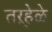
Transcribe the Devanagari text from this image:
तऱ्हेळे